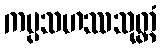
ကပ္ပသဟဿသုတ္တံ